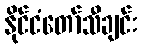
နိုင်ငံတော်သီချင်း